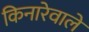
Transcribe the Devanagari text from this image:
किनारेवालें